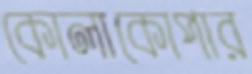
কোলাকোপার